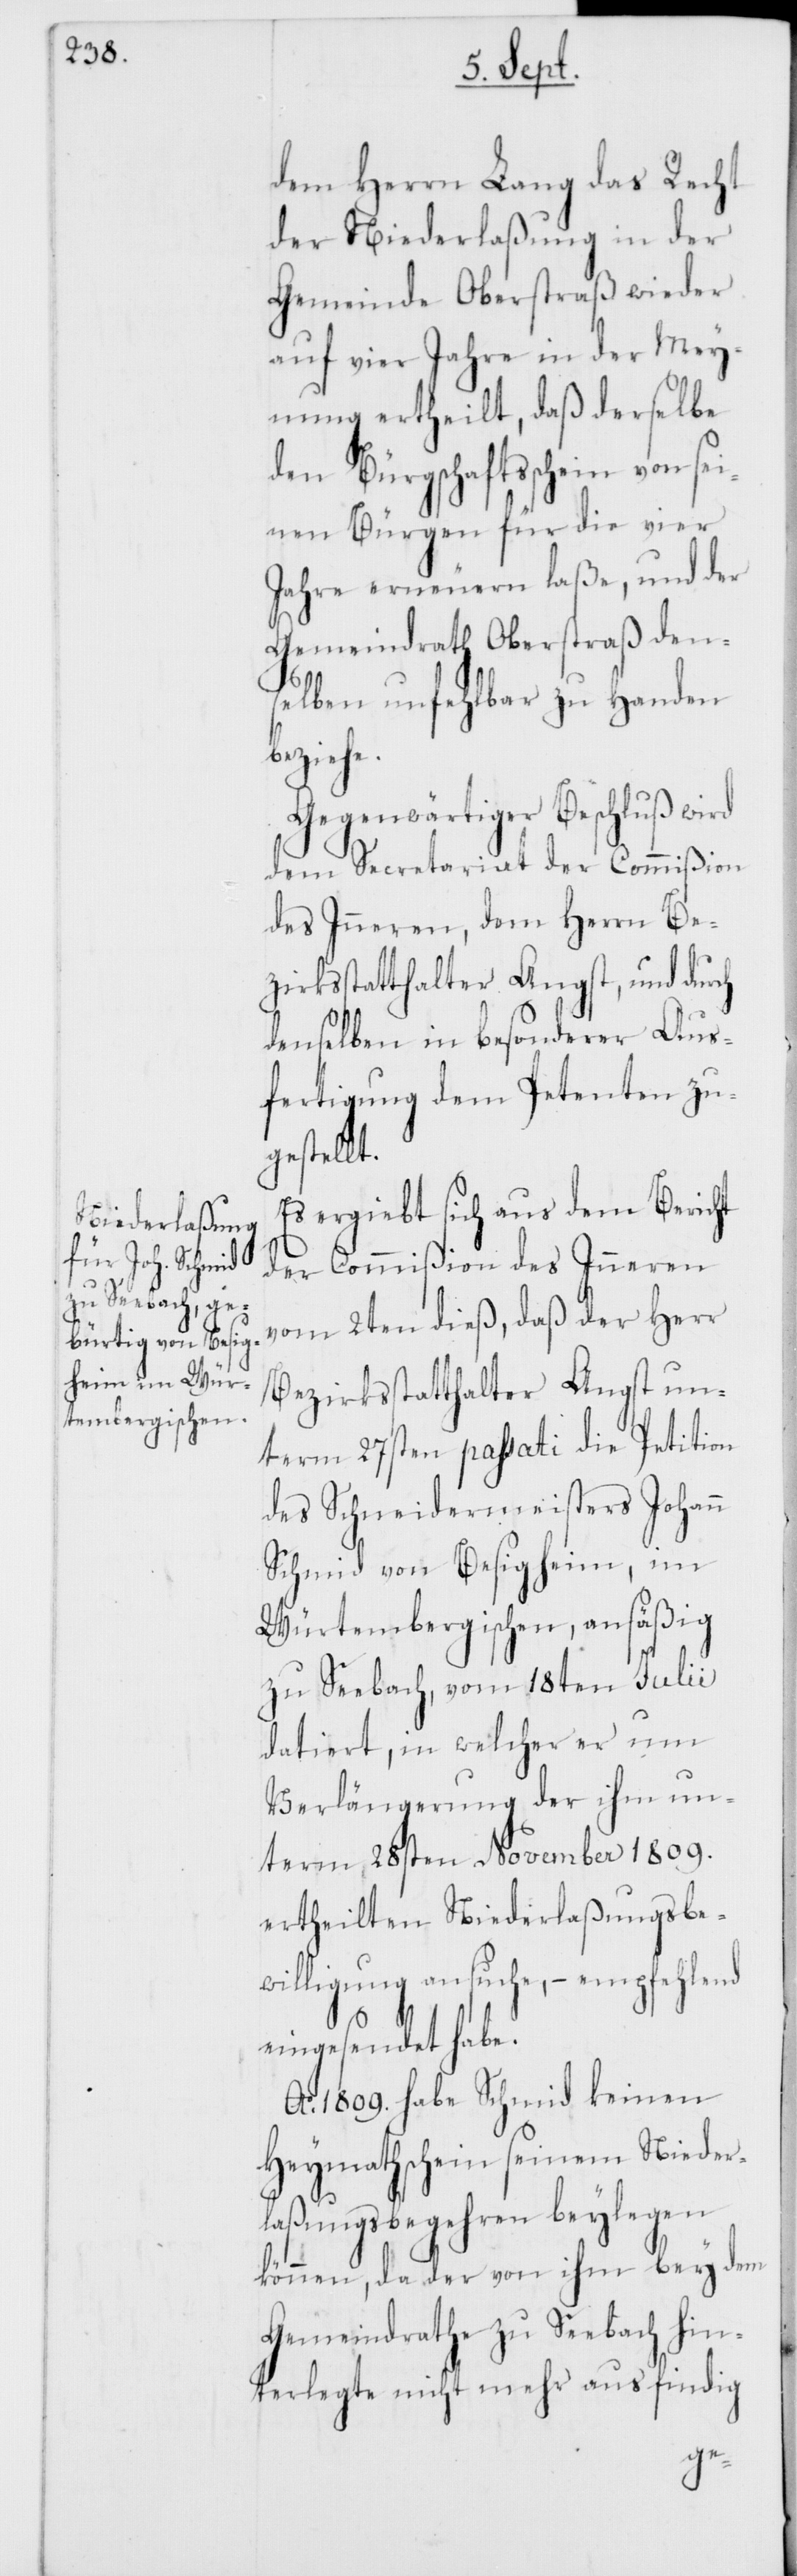
dem Herrn Lang das Recht
der Niederlaßung in der
Gemeinde Oberstraß wieder
auf vier Jahre in der Mey¬
nung ertheilt, daß derselbe
den Bürgschaftsschein von sei¬
nen Bürgen für die vier
Jahre erneueren laße, und der
Gemeindrath Oberstraß den¬
selben unfehlbar zu Handen
beziehe.
Gegenwärtiger Beschluß wird
dem Secretariat der Commißion
des Inneren, dem Herrn Be¬
zirksstatthalter Angst, und durch
denselben in besonderer Aus¬
fertigung dem Petenten zu¬
gestellt.
Es ergiebt sich aus dem Bericht
der Commißion des Inneren
vom 2ten dieß, daß der Herr
Bezirksstatthalter Angst un¬
term 27sten passati die Petition
des Schneidermeisters Johann
Schmid von Besigheim, im
Würtembergischen, ansäßig
zu Seebach, vom 18ten Julii
datiert, in welcher er um
Verlängerung der ihm un¬
term 28sten November 1809.
ertheilten Niederlaßungsbe¬
willigung ansuche, – emfehlend
eingesendet habe.
Ao 1809. habe Schmid keinen
Heymathschein seinem Nieder¬
laßungsbegehren beylegen
können, da der von ihm bey dem
Gemeindrathe zu Seebach hin¬
terlegte nicht mehr ausfindig